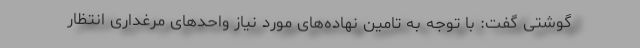
گوشتی گفت: با توجه به تامین نهاده‌های مورد نیاز واحدهای مرغداری انتظار